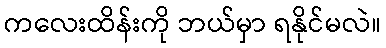
ကလေးထိန်းကို ဘယ်မှာ ရနိုင်မလဲ။